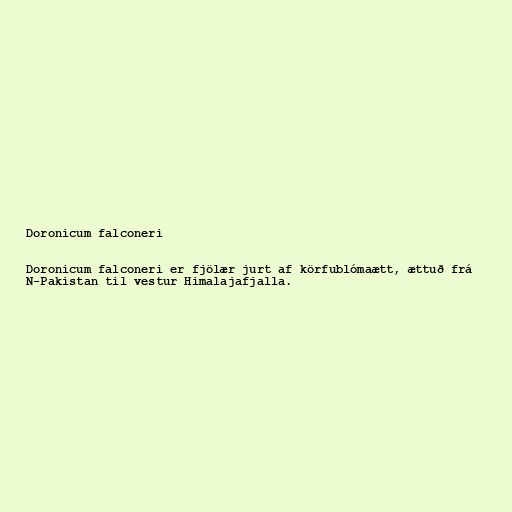
Doronicum falconeri

Doronicum falconeri er fjölær jurt af körfublómaætt, ættuð frá
N-Pakistan til vestur Himalajafjalla.